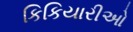
કિકિયારીઓ